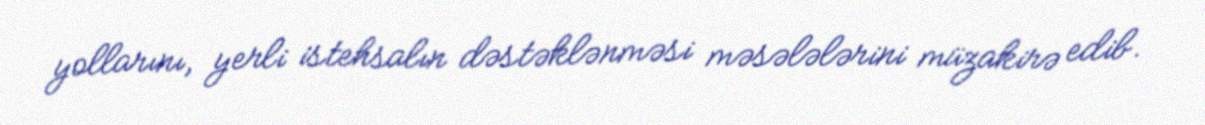
yollarını, yerli istehsalın dəstəklənməsi məsələlərini müzakirə edib.